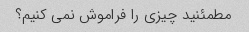
مطمئنید چیزی را فراموش نمی کنیم؟